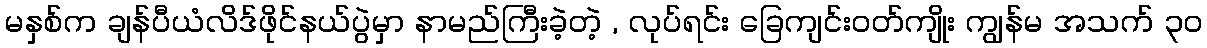
မနှစ်က ချန်ပီယံလိဒ်ဖိုင်နယ်ပွဲမှာ နာမည်ကြီးခဲ့တဲ့ , လုပ်ရင်း ခြေကျင်းဝတ်ကျိုး ကျွန်မ အသက် ၃၀